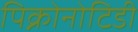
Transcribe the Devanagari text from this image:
पिक्नोनोटिडी